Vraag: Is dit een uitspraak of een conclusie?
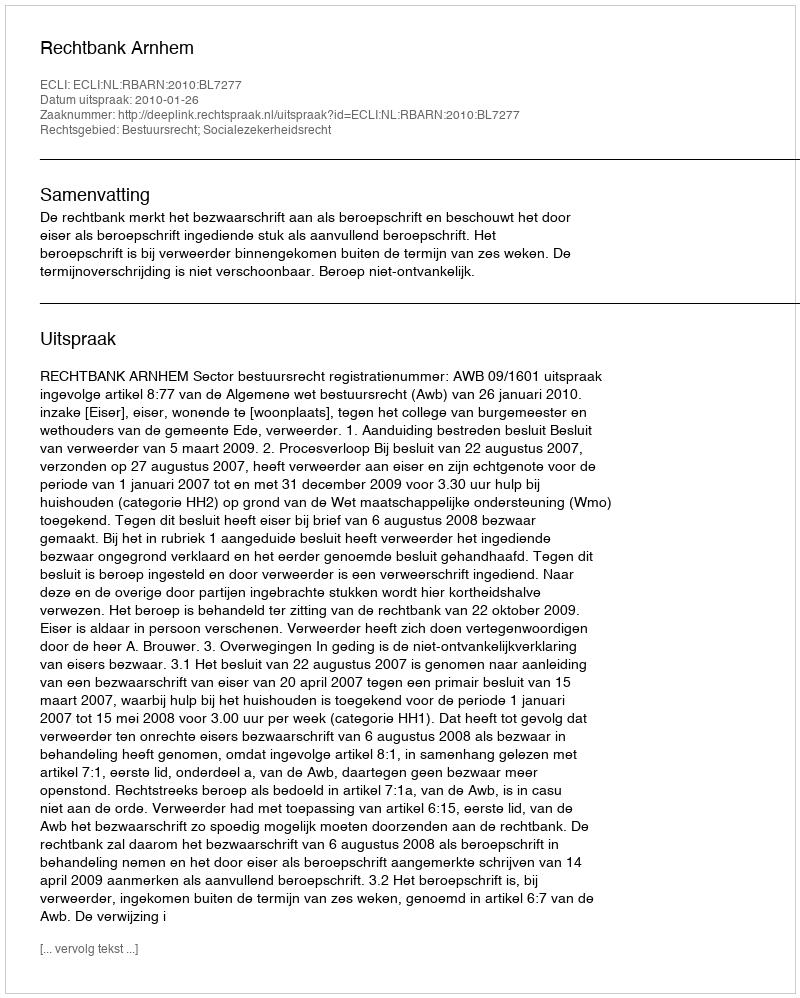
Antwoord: Uitspraak